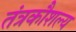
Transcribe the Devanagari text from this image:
तंत्रकौशल्य